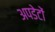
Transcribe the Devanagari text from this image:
अपडेटों